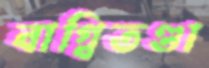
বাগ্‌বিতণ্ডা